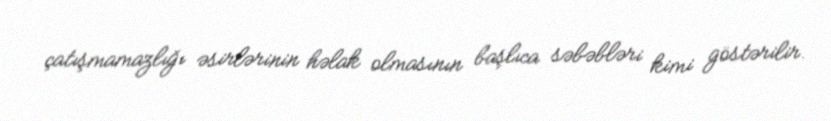
çatışmamazlığı əsirlərinin həlak olmasının başlıca səbəbləri kimi göstərilir.